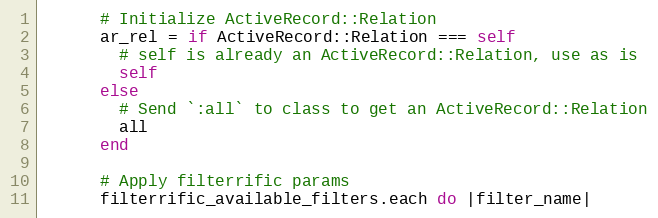
Language: Ruby
      # Initialize ActiveRecord::Relation
      ar_rel = if ActiveRecord::Relation === self
        # self is already an ActiveRecord::Relation, use as is
        self
      else
        # Send `:all` to class to get an ActiveRecord::Relation
        all
      end

      # Apply filterrific params
      filterrific_available_filters.each do |filter_name|